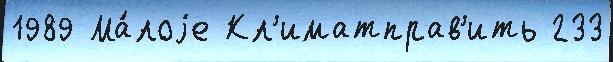
1989 Ма́лоjе Кл'иматправ'ить 233